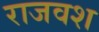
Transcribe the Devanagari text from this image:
राजवश